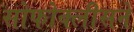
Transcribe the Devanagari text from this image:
सोफोक्लीसने